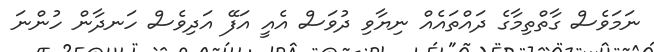
ނަމަވެސް ގާތްތިމާގެ ދައްތައެއް ނިޔާވި ދުވަސް އެއީ އަފޭ އަދިވެސް ހަނދާން ހުންނަ